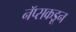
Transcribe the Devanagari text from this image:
नॅप्सकडून